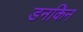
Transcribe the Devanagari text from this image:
डनकिन